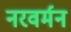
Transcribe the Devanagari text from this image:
नरवर्मन